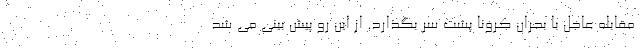
مقابله عاجل با بحران کرونا پشت سر بگذارد. از این رو پیش بینی می شد